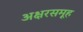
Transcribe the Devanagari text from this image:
अक्षरसमूह